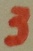
Text: 3